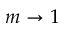
m \to 1